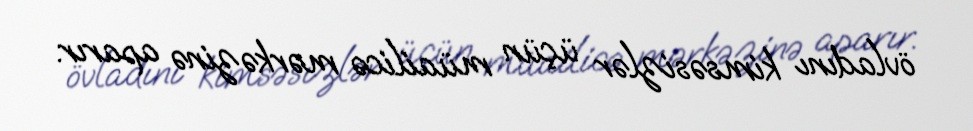
övladını kimsəsizlər üçün müailicə mərkəzinə aparır.